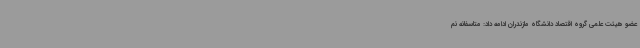
عضو هیئت علمی گروه اقتصاد دانشگاه مازندران ادامه داد: متاسفانه نم